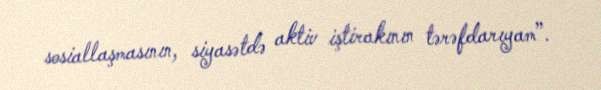
sosiallaşmasının, siyasətdə aktiv iştirakının tərəfdarıyam”.